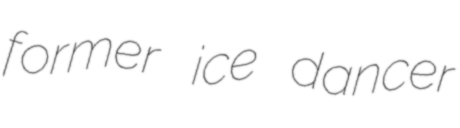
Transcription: former ice dancer